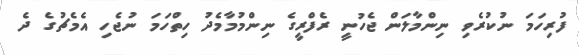
ފުރިހަމަ ނުކުރެވި ނިންމާލަން ޖެހުނީ ރެފްރީގެ ނިންމުމާމެދު ހިތްހަމަ ނުޖެހި އެމެޗުގެ ދެ